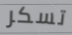
تسكر